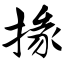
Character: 掾